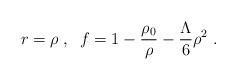
LaTeX: \begin{align*}r = \rho \; , \; \;f = 1 - \frac{\rho_0}{\rho} - \frac{\Lambda}{6} \rho^2 \; .\end{align*}